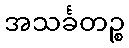
အသင်္ခတဉ္စ